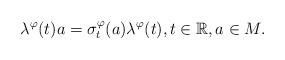
LaTeX: \begin{align*}\lambda^{\varphi}(t)a = \sigma^{\varphi}_t(a)\lambda^{\varphi}(t), t \in \mathbb{R}, a \in M. \end{align*}